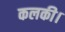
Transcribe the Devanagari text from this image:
कलकी।